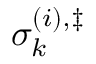
\sigma _ { k } ^ { \left( i \right) , \ddag }